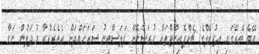
އޭގެ ތެރޭގައި އިޒުރޭލްގެ ޗެކްޕޮއިންޓްތައް ހުރަސްކޮށް ފަލަސްތީނު ސަރަހައްދަށް އެތެރެކުރާ މުދަލުން ނަގާ